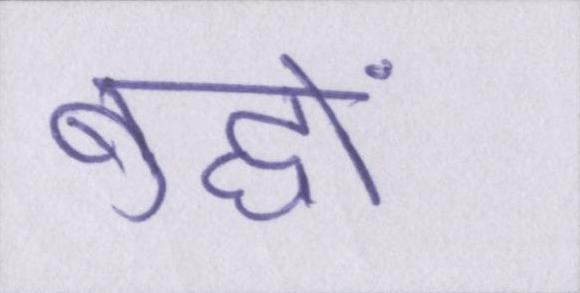
बुद्धों